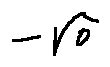
- \sqrt { 0 }